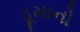
ડૂમાનો